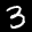
Label: 3